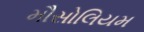
મૌસોલિયમ